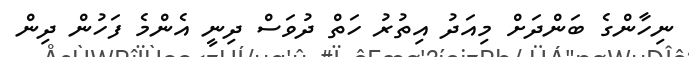
ނިހާންގެ ބަންދަށް މިއަދު އިތުރު ހަތް ދުވަސް ދިނީ އެެންމެ ފަހުން ދިން